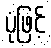
ပုံဖြင့်